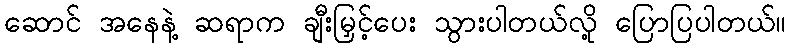
ဆောင် အနေနဲ့ ဆရာက ချီးမြှင့်ပေး သွားပါတယ်လို့ ပြောပြပါတယ်။